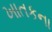
ખાતકના